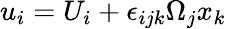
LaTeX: u_{i}=U_{i}+\epsilon_{ijk}\Omega_{j}x_{k}